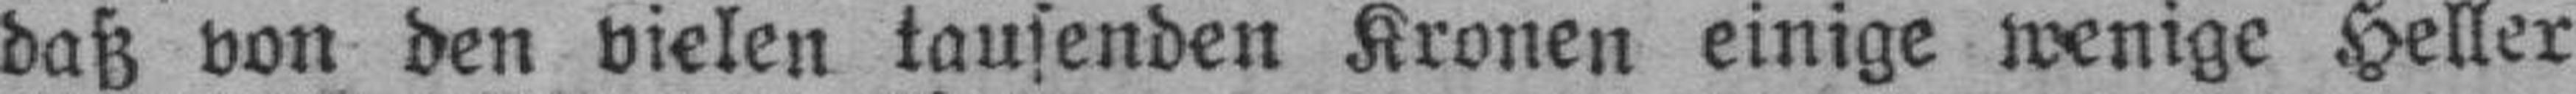
daß von den vielen tausenden Kronen einige wenige Heller